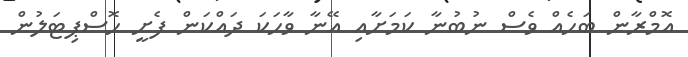
އޮމްރާން ބަހެއް ވެސް ނުބުނާ ކަމަށާއި އޭނާ ވާހަކަ ދައްކަން ފެށީ ހޮސްޕިޓަލުން